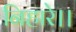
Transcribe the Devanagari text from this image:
निहारे।।